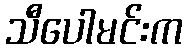
သီပေါမင်းက